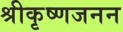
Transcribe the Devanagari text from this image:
श्रीकृष्णजनन